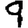
Digit: 9